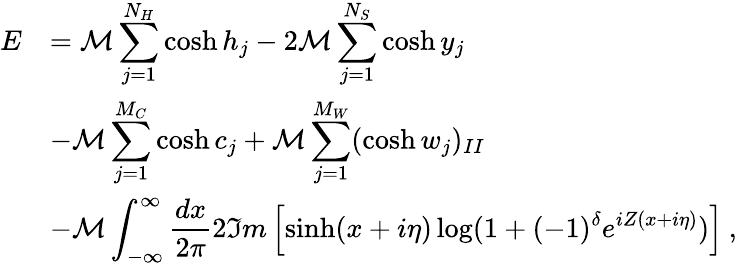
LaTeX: \begin{array}{rl}{{\displaystyle E}}&{{={\cal M}\displaystyle\sum_{j=1}^{N_{H}}\cosh h_{j}-2{\cal M}\displaystyle\sum_{j=1}^{N_{S}}\cosh y_{j}}}\\ {{}}&{{-{\cal M}\displaystyle\sum_{j=1}^{M_{C}}\cosh c_{j}+{\cal M}\displaystyle\sum_{j=1}^{M_{W}}(\cosh w_{j})_{II}}}\\ {{}}&{{-{\cal M}\displaystyle\int_{-\infty}^{\infty}\displaystyle\frac{dx}{2\pi}2\Im m\left[\sinh(x+i\eta)\log(1+(-1)^{\delta}e^{iZ(x+i\eta)})\right]\: ,}}\end{array}